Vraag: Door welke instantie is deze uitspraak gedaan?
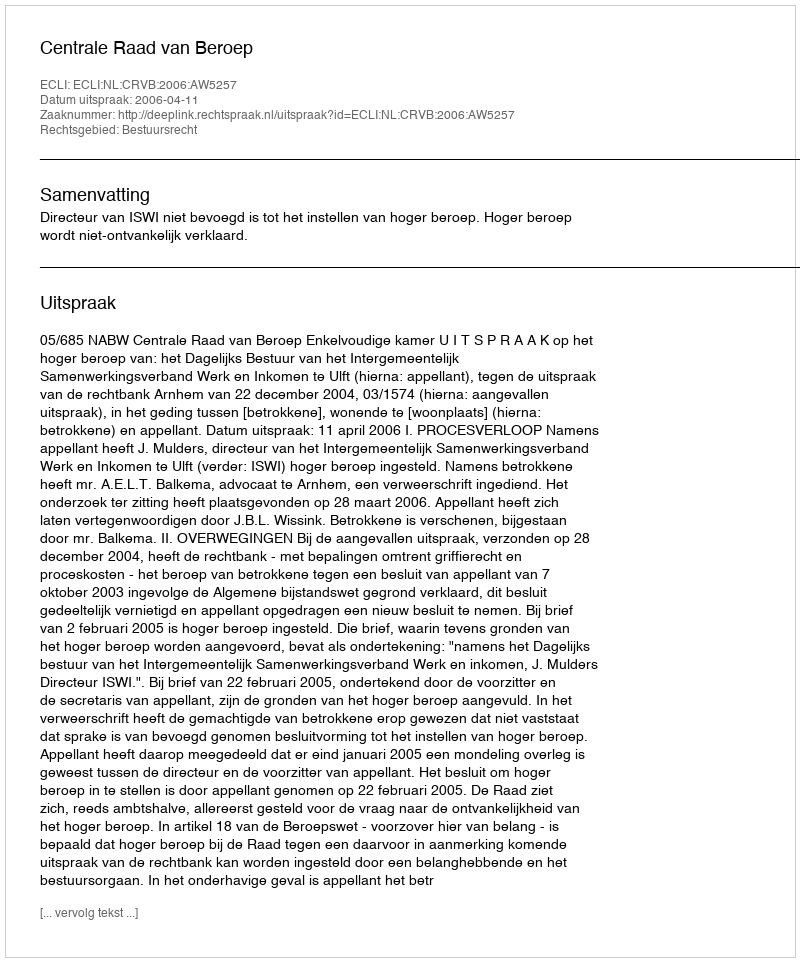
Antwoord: Centrale Raad van Beroep